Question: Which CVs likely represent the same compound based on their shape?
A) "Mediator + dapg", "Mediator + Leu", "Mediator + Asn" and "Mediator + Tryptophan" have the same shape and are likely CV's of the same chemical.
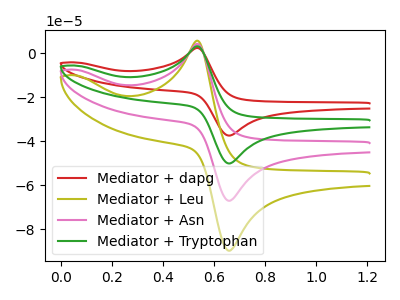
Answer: <think>The red curve "Mediator + dapg" has an anodic peak at (0.55V, 2.35uA) and a cathodic peak at (0.65V, -37.50uA). The olive curve "Mediator + Leu" has an anodic peak at (0.55V, 9.50uA) and a cathodic peak at (0.65V, -150.45uA). The pink curve "Mediator + Asn" has an anodic peak at (0.55V, 6.35uA) and a cathodic peak at (0.65V, -100.30uA). The green curve "Mediator + Tryptophan" has an anodic peak at (0.55V, 3.15uA) and a cathodic peak at (0.65V, -50.15uA).
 All the peaks in "Mediator + dapg" have a peak in "Mediator + Leu" at the same potential. Every peak in "Mediator + dapg" is lower than every peak in "Mediator + Leu". All the peaks in "Mediator + dapg" have a peak in "Mediator + Asn" at the same potential. Every peak in "Mediator + dapg" is lower than every peak in "Mediator + Asn". All the peaks in "Mediator + dapg" have a peak in "Mediator + Tryptophan" at the same potential. Every peak in "Mediator + dapg" is lower than every peak in "Mediator + Tryptophan". All the peaks in "Mediator + Leu" have a peak in "Mediator + Asn" at the same potential. Every peak in "Mediator + Leu" is higher than every peak in "Mediator + Asn". All the peaks in "Mediator + Leu" have a peak in "Mediator + Tryptophan" at the same potential. Every peak in "Mediator + Leu" is higher than every peak in "Mediator + Tryptophan". All the peaks in "Mediator + Asn" have a peak in "Mediator + Tryptophan" at the same potential. Every peak in "Mediator + Asn" is higher than every peak in "Mediator + Tryptophan".</think>
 <answer>A) "Mediator + dapg", "Mediator + Leu", "Mediator + Asn" and "Mediator + Tryptophan" have the same shape and are likely CV's of the same chemical.</answer>
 <eval>A</eval>